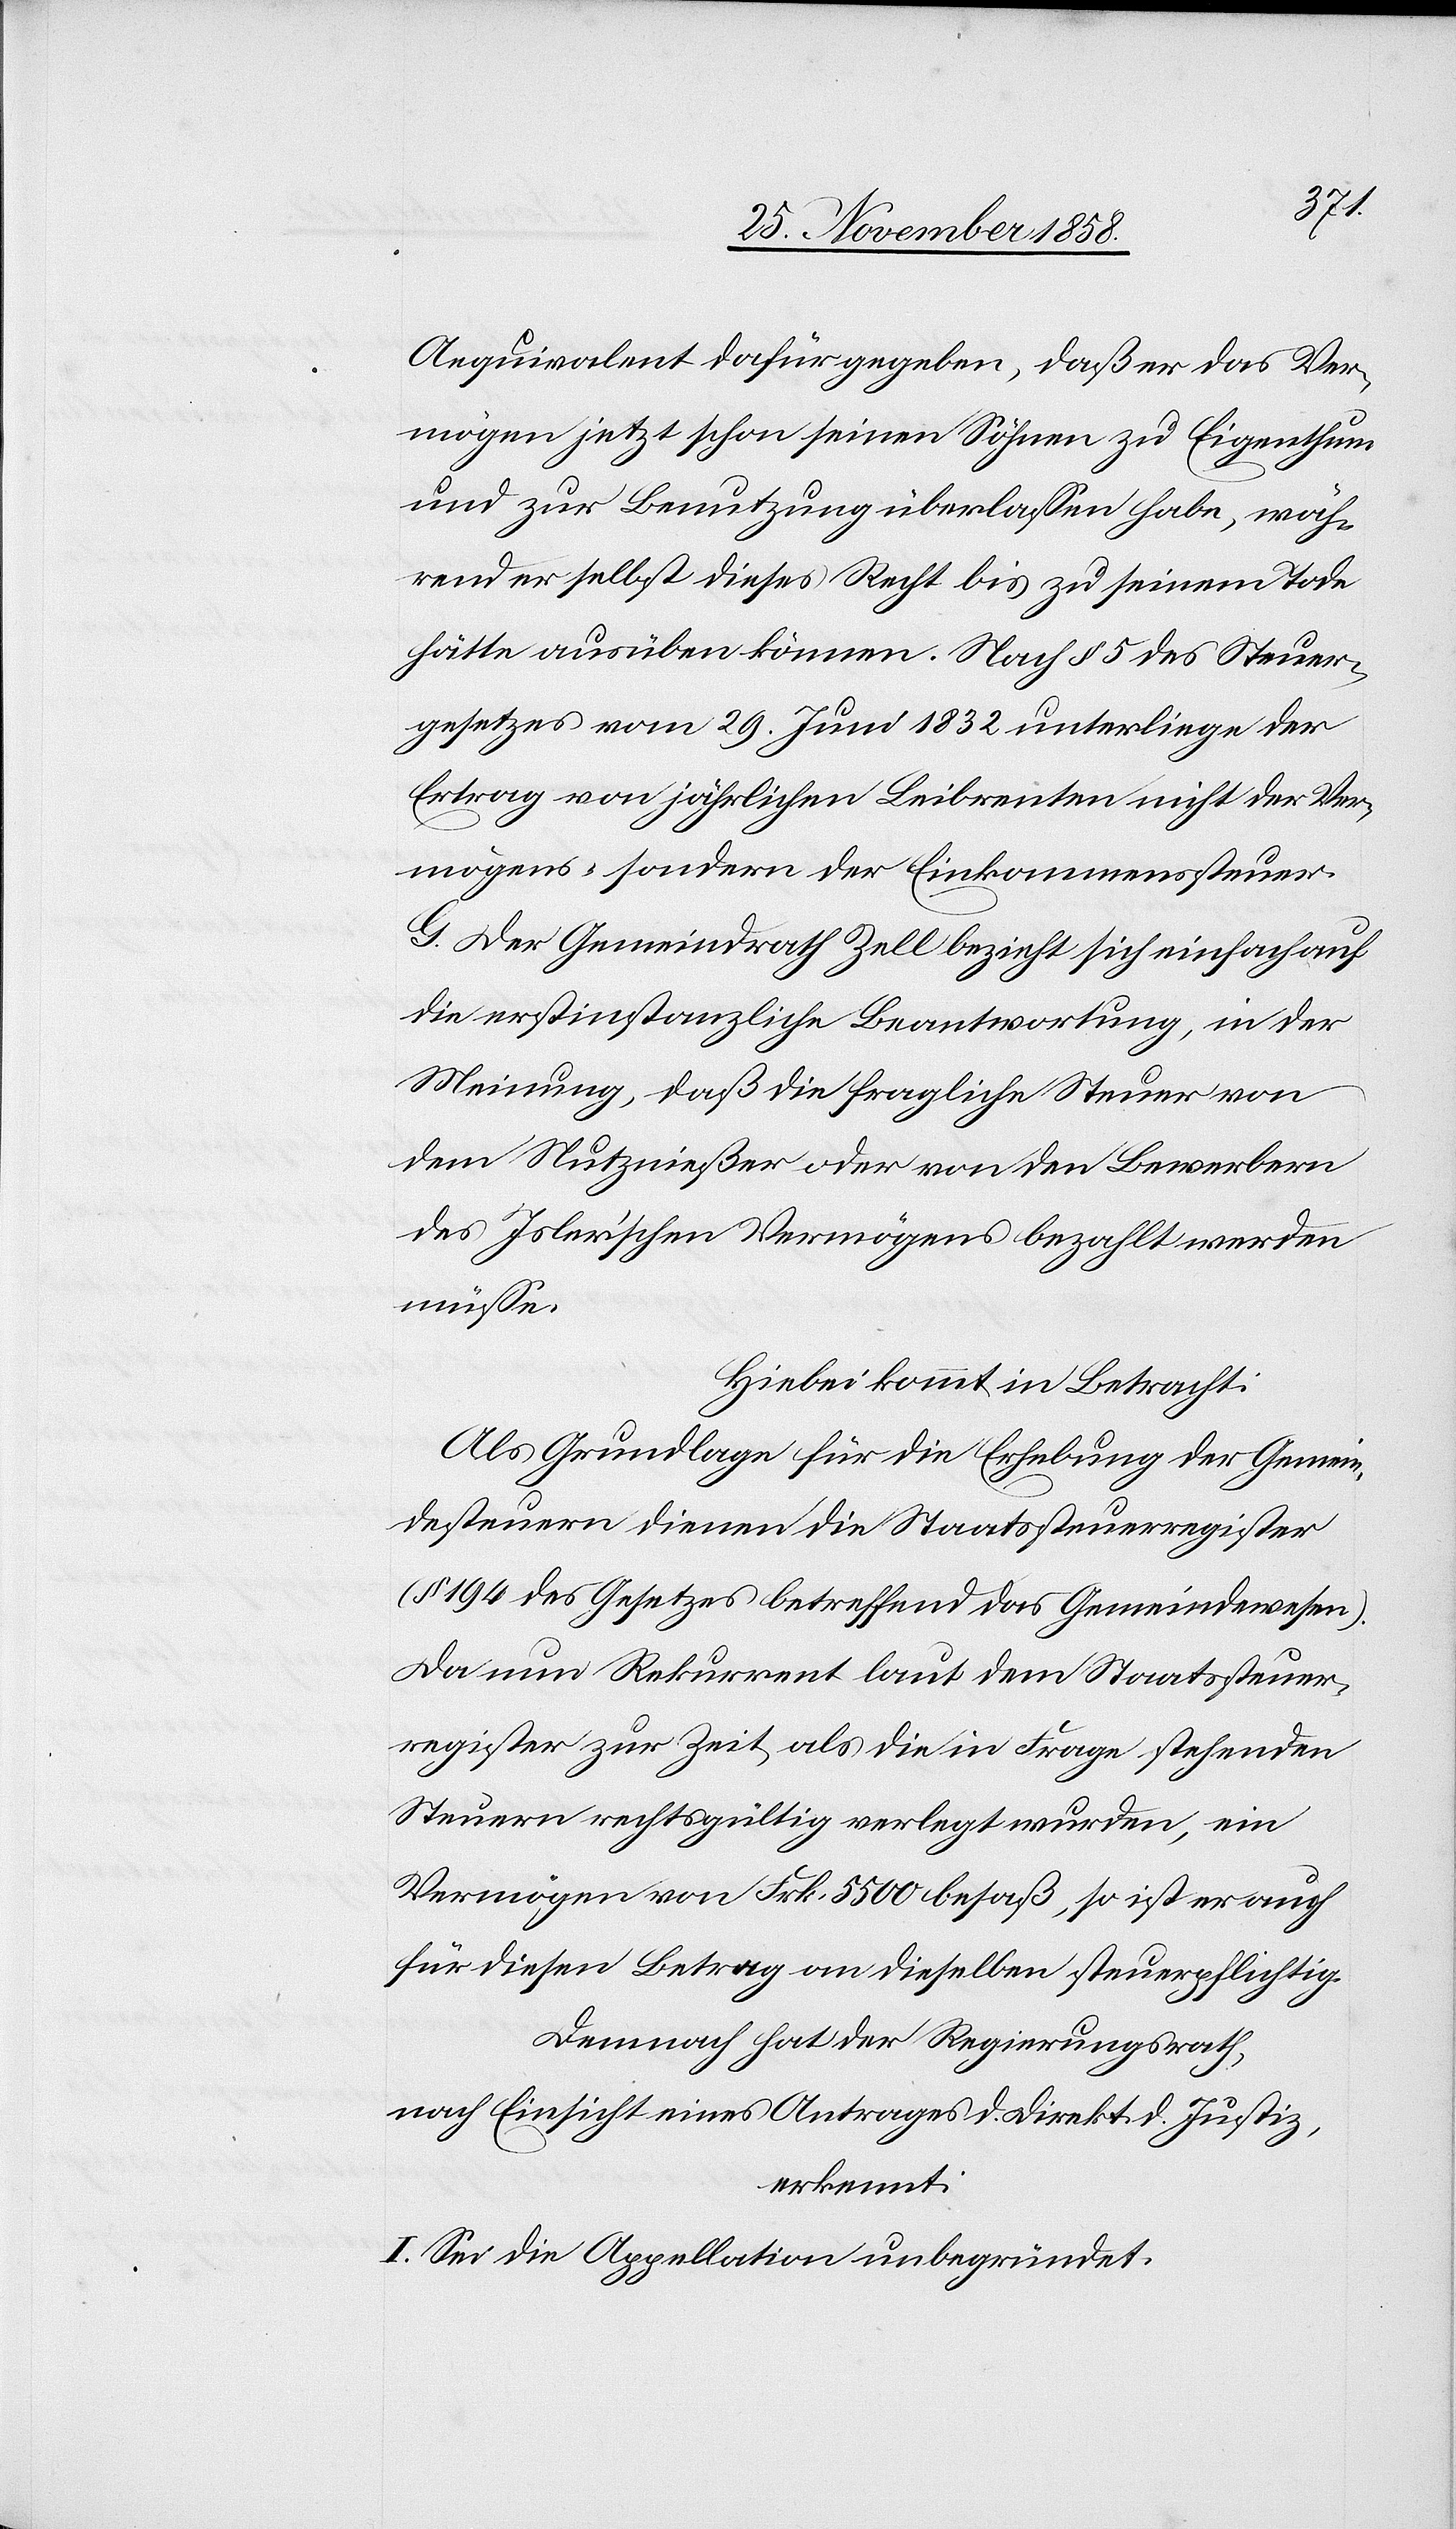
Aequivalent dafür gegeben, daß er das Ver¬
mögen jetzt schon seinen Söhnen zu Eigenthum
und zur Benutzung überlassen habe, wäh¬
rend er selbst dieses Recht bis zu seinem Tode
hätte ausüben können. Nach § 5 des Steuer¬
gesetzes vom 29. Juni 1832 unterliege der
Ertrag von jährlichen Leibrenten nicht der Ver¬
mögens- sondern der Einkommenssteuer.
G. Der Gemeindrath Zell bezieht sich einfach auf
die erstinstanzliche Beantwortung, in der
Meinung, daß die fragliche Steuer von
dem Nutznießer oder von den Bewerbern
des Isler’schen Vermögens bezahlt werden
müsse.
Hiebei kommt in Betracht:
Als Grundlage für die Erhebung der Gemein¬
desteuern dienen die Staatssteuerregister
(§ 194 des Gesetzes betreffend das Gemeindewesen).
Da nun Rekurrent laut dem Staatssteuer¬
register zur Zeit, als die in Frage stehenden
Steuern rechtsgültig verlegt wurden, ein
Vermögen von Frk. 5500 besaß, so ist er auch
für diesen Betrag an dieselben steuerpflichtig.
Demnach hat der Regierungsrath,
nach Einsicht eines Antrages d. Direkt. d. Justiz,
erkennt:
I. Sei die Appellation unbegründet.